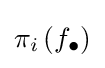
\pi _{i}\left(f_{\bullet }\right)